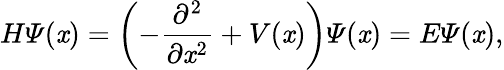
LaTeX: H\varPsi(\mathit{x})=\left(-\frac{{\partial^{2}}}{{\partial\mathit{x}^{2}}}+V(\mathit{x})\right)\varPsi(\mathit{x})=E\varPsi(\mathit{x}),